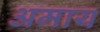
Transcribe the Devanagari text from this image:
अमाय